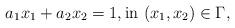
LaTeX: \begin{align*} a_1 x_1 + a_2 x_2 = 1, \hbox{in $(x_1, x_2) \in \Gamma$,}\end{align*}